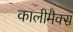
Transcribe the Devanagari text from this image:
कालीमैक्स